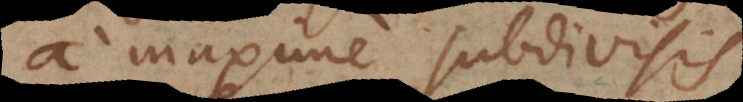
a maxime subdivisis